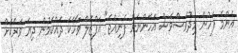
އެންމެ ފަހުން މިދުވަސްވެސް އަހަންނަަށް ފެނިއްޖެ" އަފްޒަލް ވާހަކަ ދައްކަމުން ދިޔަ ވަރަކަށް